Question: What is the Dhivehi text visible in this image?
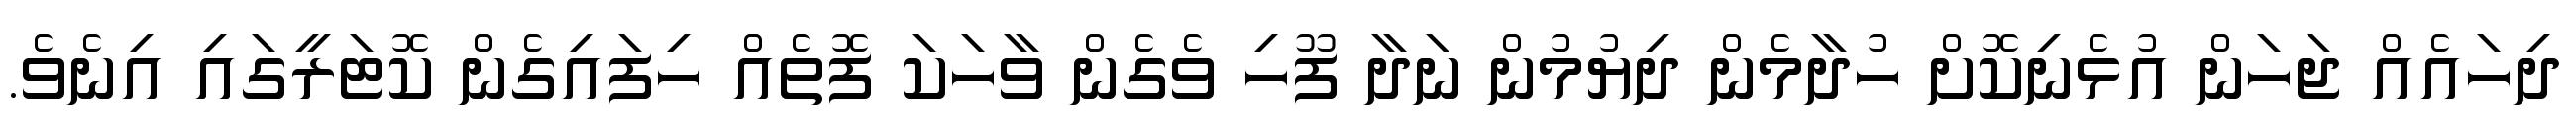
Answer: ދިހައެއް ޖަހަން އުޅެނިކޮށް ހުދާމެން ދިޔުމުން ނަދާ ފޫހި ވެގެން ވާހަކަ ފޮތެއް ހިފައިގެން ކޮޓަރީގައި އިނެވެ.